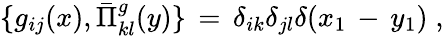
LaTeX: \{ g_{ij}(x),\bar{\Pi}_{kl}^{g}(y)\} \, =\, \delta_{ik}\delta_{jl}\delta(x_{1}\, -\, y_{1})\; ,